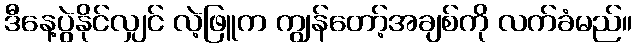
ဒီနေ့ပွဲနိုင်လျှင် လဲ့ဖြူက ကျွန်တော့်အချစ်ကို လက်ခံမည်။